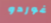
غوردو